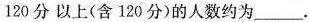
120分以上(含120分)的人数约为___。